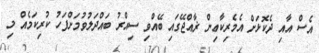
އެސް އާއި ދެކޮޅަށް އެމެރިކާޢިން ޜާއްޖޭގައި ބޭއްވި ސިއްރު ބައްދަލުވުމަށްފަހު ކުރިކަމެއް މި